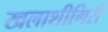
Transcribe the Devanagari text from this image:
खलाशीगिरी